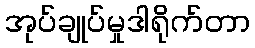
အုပ်ချုပ်မှုဒါရိုက်တာ